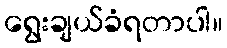
ရွေးချယ်ခံရတာပါ။